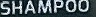
SHAMPOO